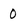
Character: 0